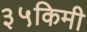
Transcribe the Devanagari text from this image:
३५किमी